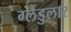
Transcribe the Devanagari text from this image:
ग्लैंडुलार